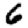
Digit: 6